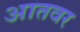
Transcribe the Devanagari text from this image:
आतवर